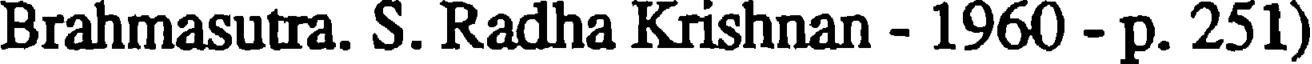
Brahmasutra. S. Radha Krishnan - 1960 - p. 251)